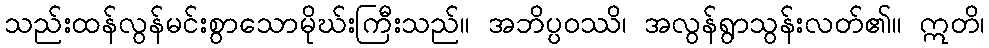
သည်းထန်လွန်မင်းစွာသောမိုဃ်းကြီးသည်။ အဘိပ္ပဝဿိ၊ အလွန်ရွာသွန်းလတ်၏။ ဣတိ၊